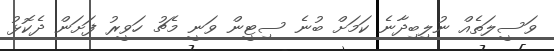
ވަސީލަތެއް ނުލިބިދާނެ ކަމަށް ބުނެ ސިޓީން ވަނީ މެޗު ހަވީރު ފަށަން ދެކޮޅު